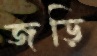
জড়ি